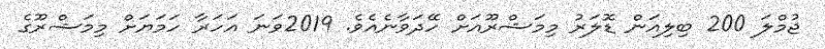
ޖުމްލަ 200 ބިލިއަން ޑޮލަރު މިމަޝްރޫއަށް ހޭދަވާނެއެވެ. 2019ވަނަ އަހަރާ ހަމަޔަށް މިމަޝްރޫގެ